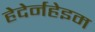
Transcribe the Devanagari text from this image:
हेदेर्नहेइम